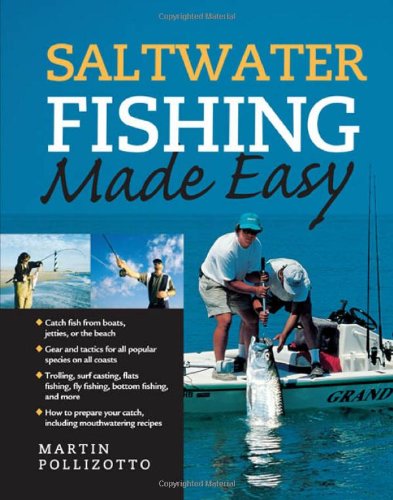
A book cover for Saltwater Fishing Made Easy; Martin Pollizotto; Medical Books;